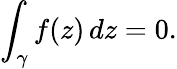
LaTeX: \int_{\gamma}f(z)\, dz=0.